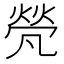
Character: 𠙦